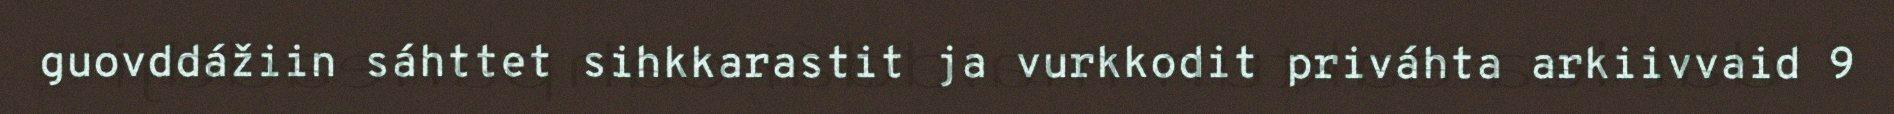
guovddážiin sáhttet sihkkarastit ja vurkkodit priváhta arkiivvaid 9